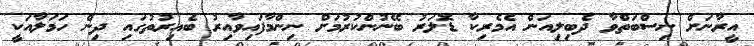
އީރާނަށް ނިސްބަތްވާ ދެބިލިއަން އެމެރިކާ ޑޮލަރު ބޭނުންކުރުމަށް ނިންމާފައިވާއިރު ބެއިރުތުގައި ދިން ހަމަލާއަކީ